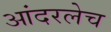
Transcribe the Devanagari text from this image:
आंदरलेच